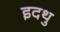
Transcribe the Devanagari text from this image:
इदथु